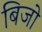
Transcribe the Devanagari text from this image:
बिजो